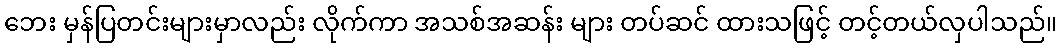
ဘေး မှန်ပြတင်းများမှာလည်း လိုက်ကာ အသစ်အဆန်း များ တပ်ဆင် ထားသဖြင့် တင့်တယ်လှပါသည်။